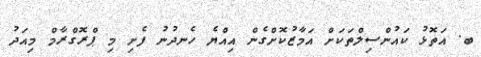
ބ. އަތޮޅު ކައުންސިލްތަކަށް އަމާޒުކޮށްގެން އިއްޔެ ހެނދުނު ފެށި މި ޕްރޮގްރާމް މިއަދު